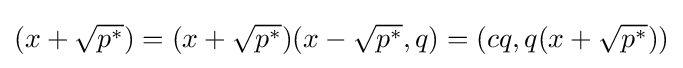
(x+{\sqrt {p^{*}}})=(x+{\sqrt {p^{*}}})(x-{\sqrt {p^{*}}},q)=(cq,q(x+{\sqrt {p^{*}}}))